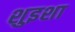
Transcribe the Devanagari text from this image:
शुइशा